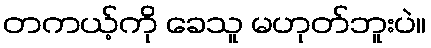
တကယ့်ကို ခေသူ မဟုတ်ဘူးပဲ။